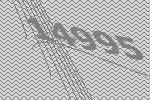
14995